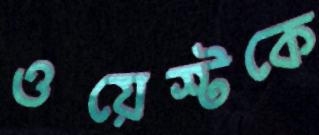
ওয়েস্টকে